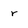
Character: r